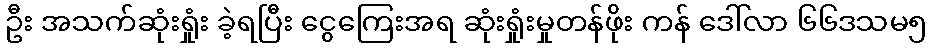
ဦး အသက်ဆုံးရှုံး ခဲ့ရပြီး ငွေကြေးအရ ဆုံးရှုံးမှုတန်ဖိုး ကန် ဒေါ်လာ ၆၆ဒသမ၅